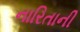
નારિતાની